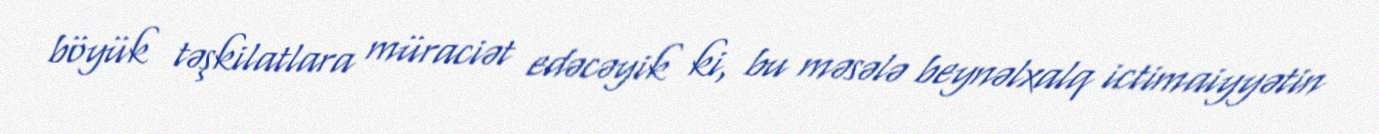
böyük təşkilatlara müraciət edəcəyik ki, bu məsələ beynəlxalq ictimaiyyətin